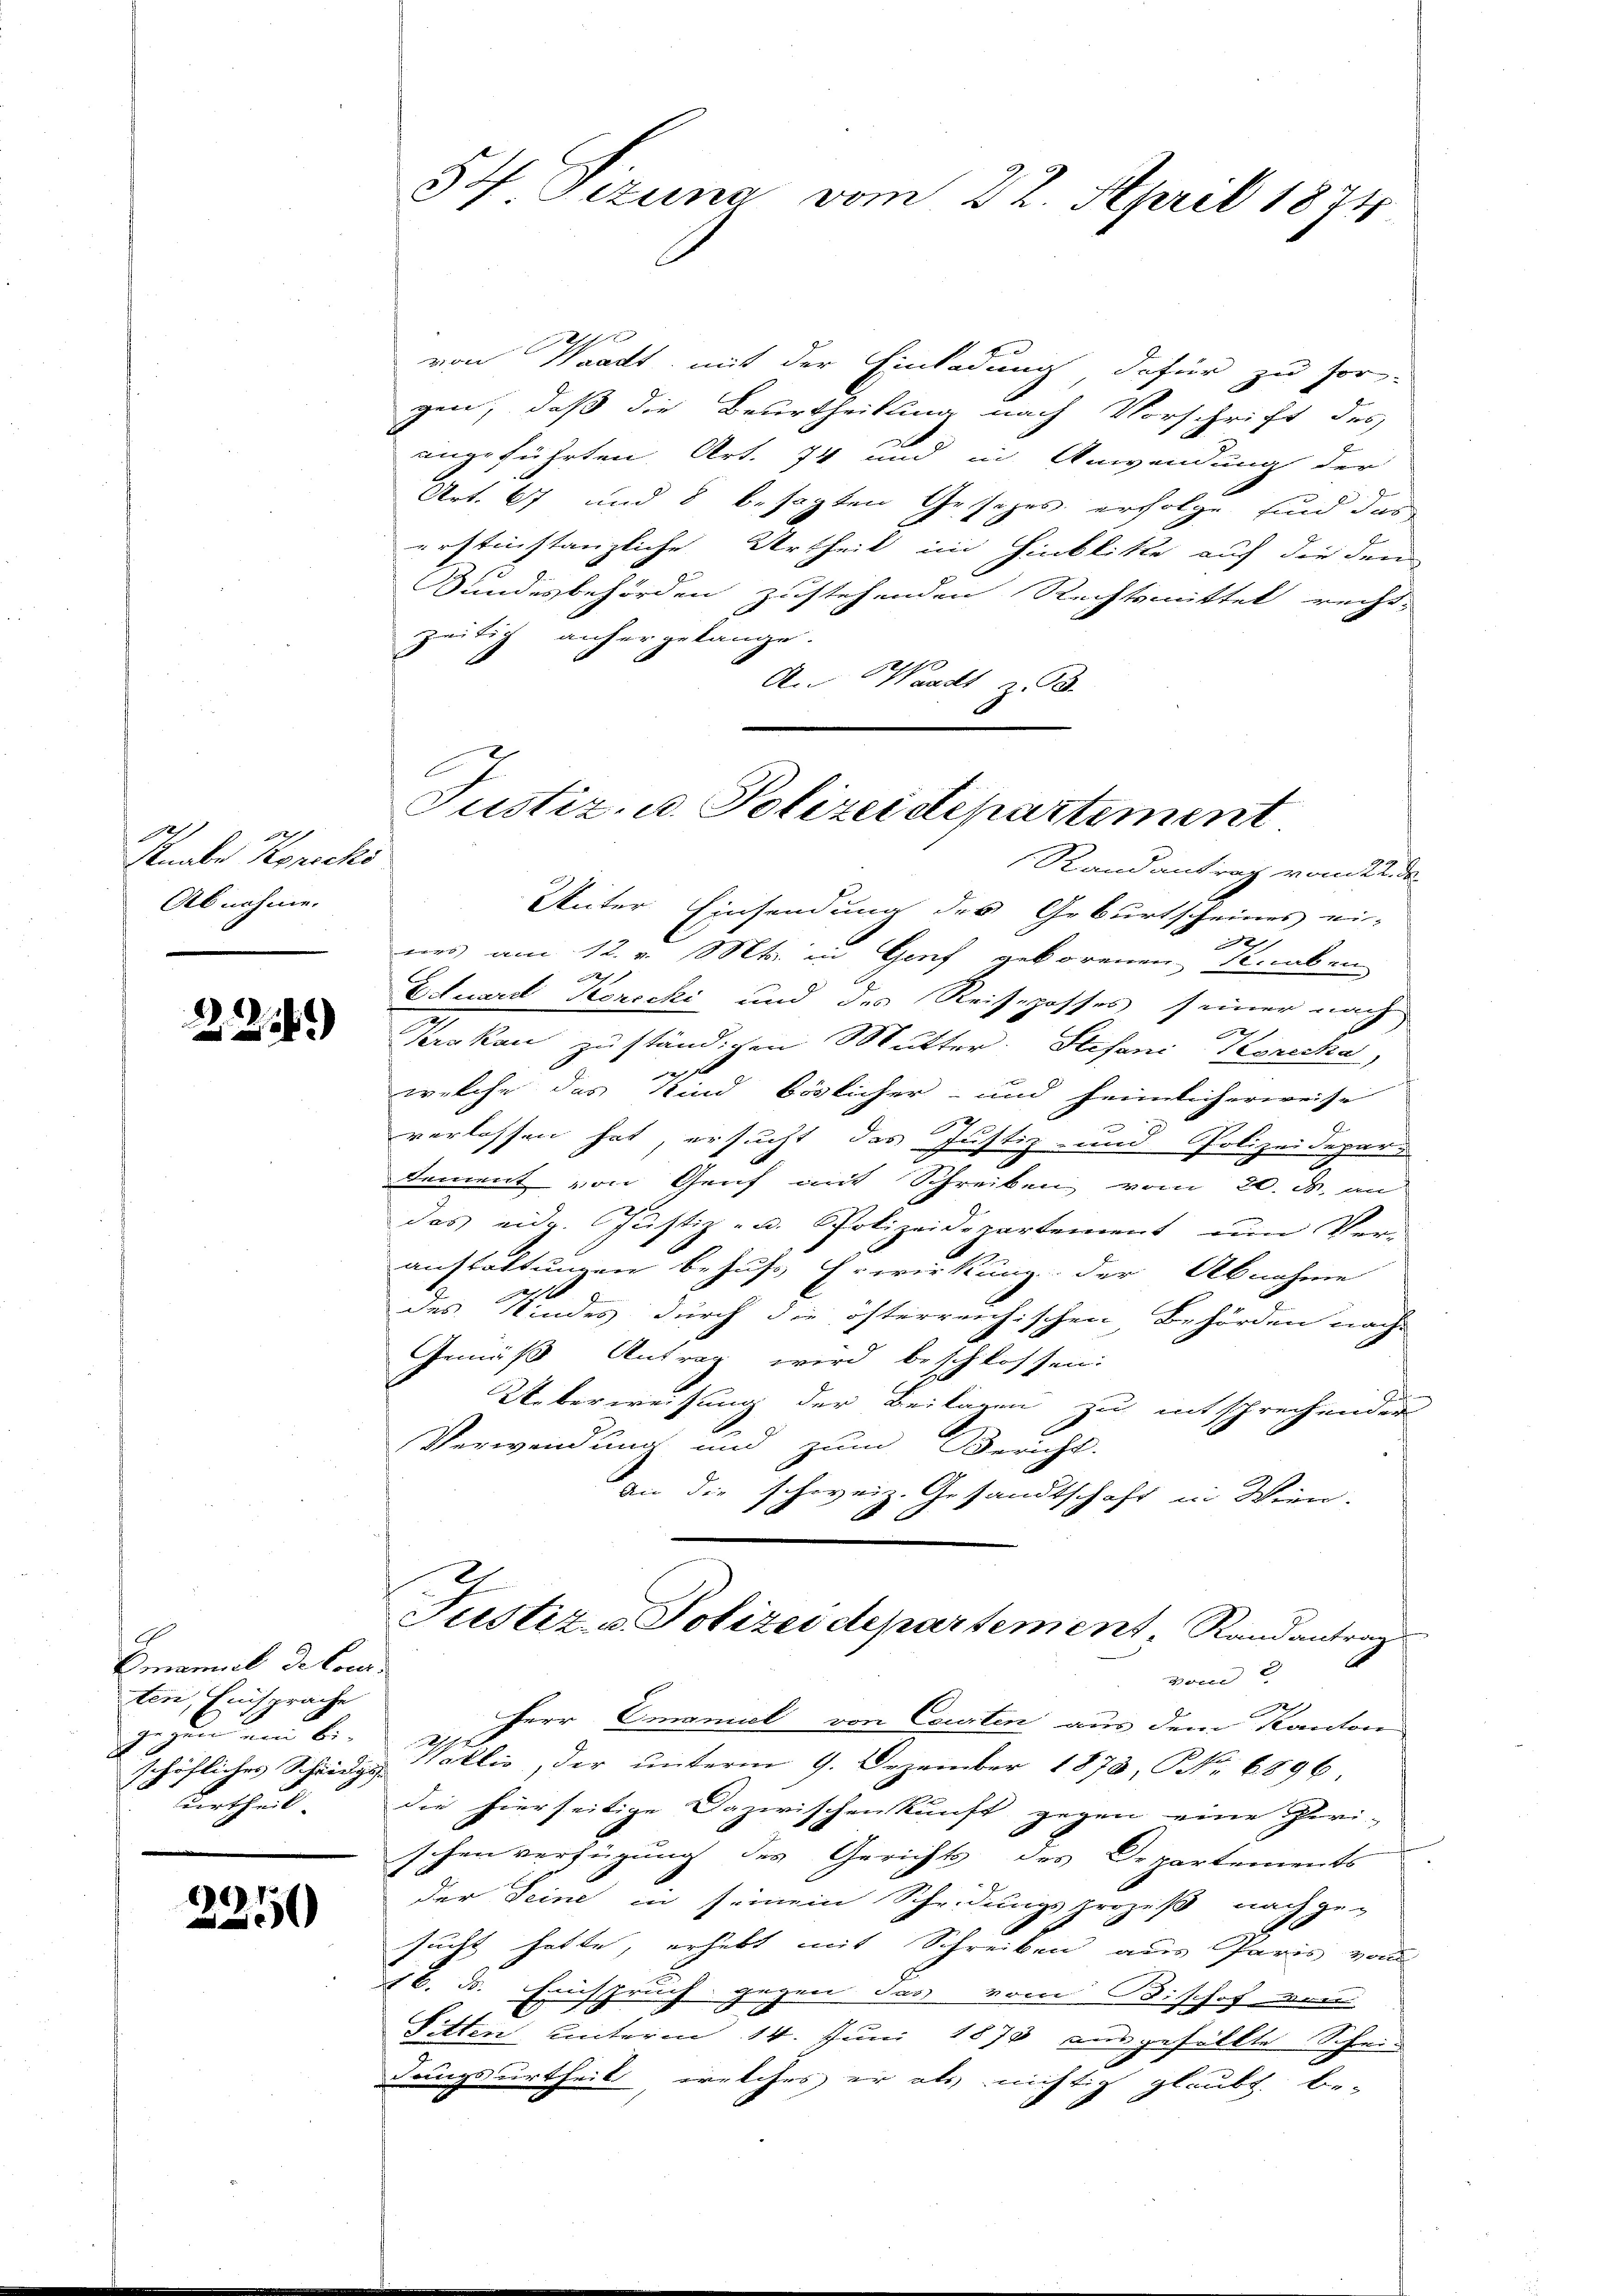
Knabe Korecki
Abnehme.

22.)

Emanuel de loci
ten Einsprache
gegenden be

2250

54 Tizuna vom 22. April 1874

von Waadt mit der Einladung dafür zu sor-
gen, daß die Beurtheilung nach Vorschrift des
angeführten Art. 74 und in Anwendung der
Art. 67 und 8 besagten Gesezes erfolge sind dar
urstinstanzliche Urtheil im Hinblikte auf die den
Sundesbehörden zustehenden Rechtsmittel recht-
zeitig anhergelange.
0
An Waadt z. B.
Randantrag vom 22. de.
Unter Einsendung des Geburtscheines ei-
3
nes am 12. v. Mts. in Genf geborenen Knaben
.
d
Eduard Korecki und des Reiseposses seiner nach
2
srakau zuständigen Mutter. Stefani, Moricka,
welche das Kind böslicher- und heimlicherweise
g
verlassen hat, ersucht das Justiz- und Polizeidepar-
dement von Genf mit Schreiben vom 20. M. an
das eidg. Justiz- u. Polizeidepartement um Ver-
anstattungen behufs Erwirkung der Abnahme
des Kindes durch die österreichischen Behörden nach
Gemäß Antrag wird beschlossen:
Ueberweisung der Beilagen zu entsprechenden
Verwendung und zum Bericht.
an die schweiz. Gesandtschaft in Wein-
Justiz- u. Polizeidepartement Randantrag
vom 2
Herr Emanuel von Courten aus dem Kanton
A
schöfliches Schränze Wollis, der unterm 9. Dezember 1878, No 6896
urtheil. Die hierseitige Dazwischenkunft gegen eine Zeri-
schen verfügung des Gerichts des Departements
der Seine in seinem Scheidungsprozeß nachge-
sucht hatte, erhebt mit Schreiben aus Paris vom
16. d. Einspruch gegen Jass vom Bischof von
Sitten unterm 14. Juni 1873 ausgefällte Schein
dungsurtheil, welches er als nichtig glaubt, be-

Justiz- u. Polizeidepartement